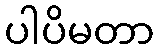
ပါပိမတာ